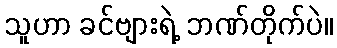
သူဟာ ခင်ဗျားရဲ့ ဘဏ်တိုက်ပဲ။